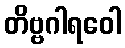
တိဗ္ဗဂါရဝေါ